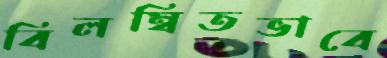
বিলম্বিতভাবে